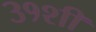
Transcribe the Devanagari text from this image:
३१शी